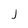
Character: J